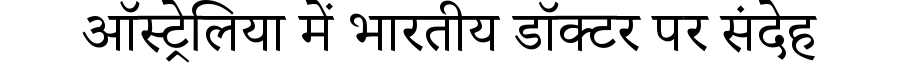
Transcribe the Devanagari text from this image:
ऑस्ट्रेलिया में भारतीय डॉक्टर पर संदेह